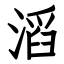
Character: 滔